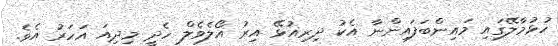
ހުޅުމާލޭގައި މައިންބަފައިންނާ އެކު ދިރިއުޅޭ އިރު އޯލެވެލް ހެދީ މިދިއަ އަހަރު އެވެ.